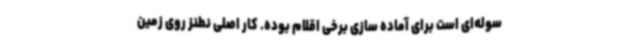
سوله‌ای است برای آماده سازی برخی اقلام بوده. کار اصلی نطنز روی زمین